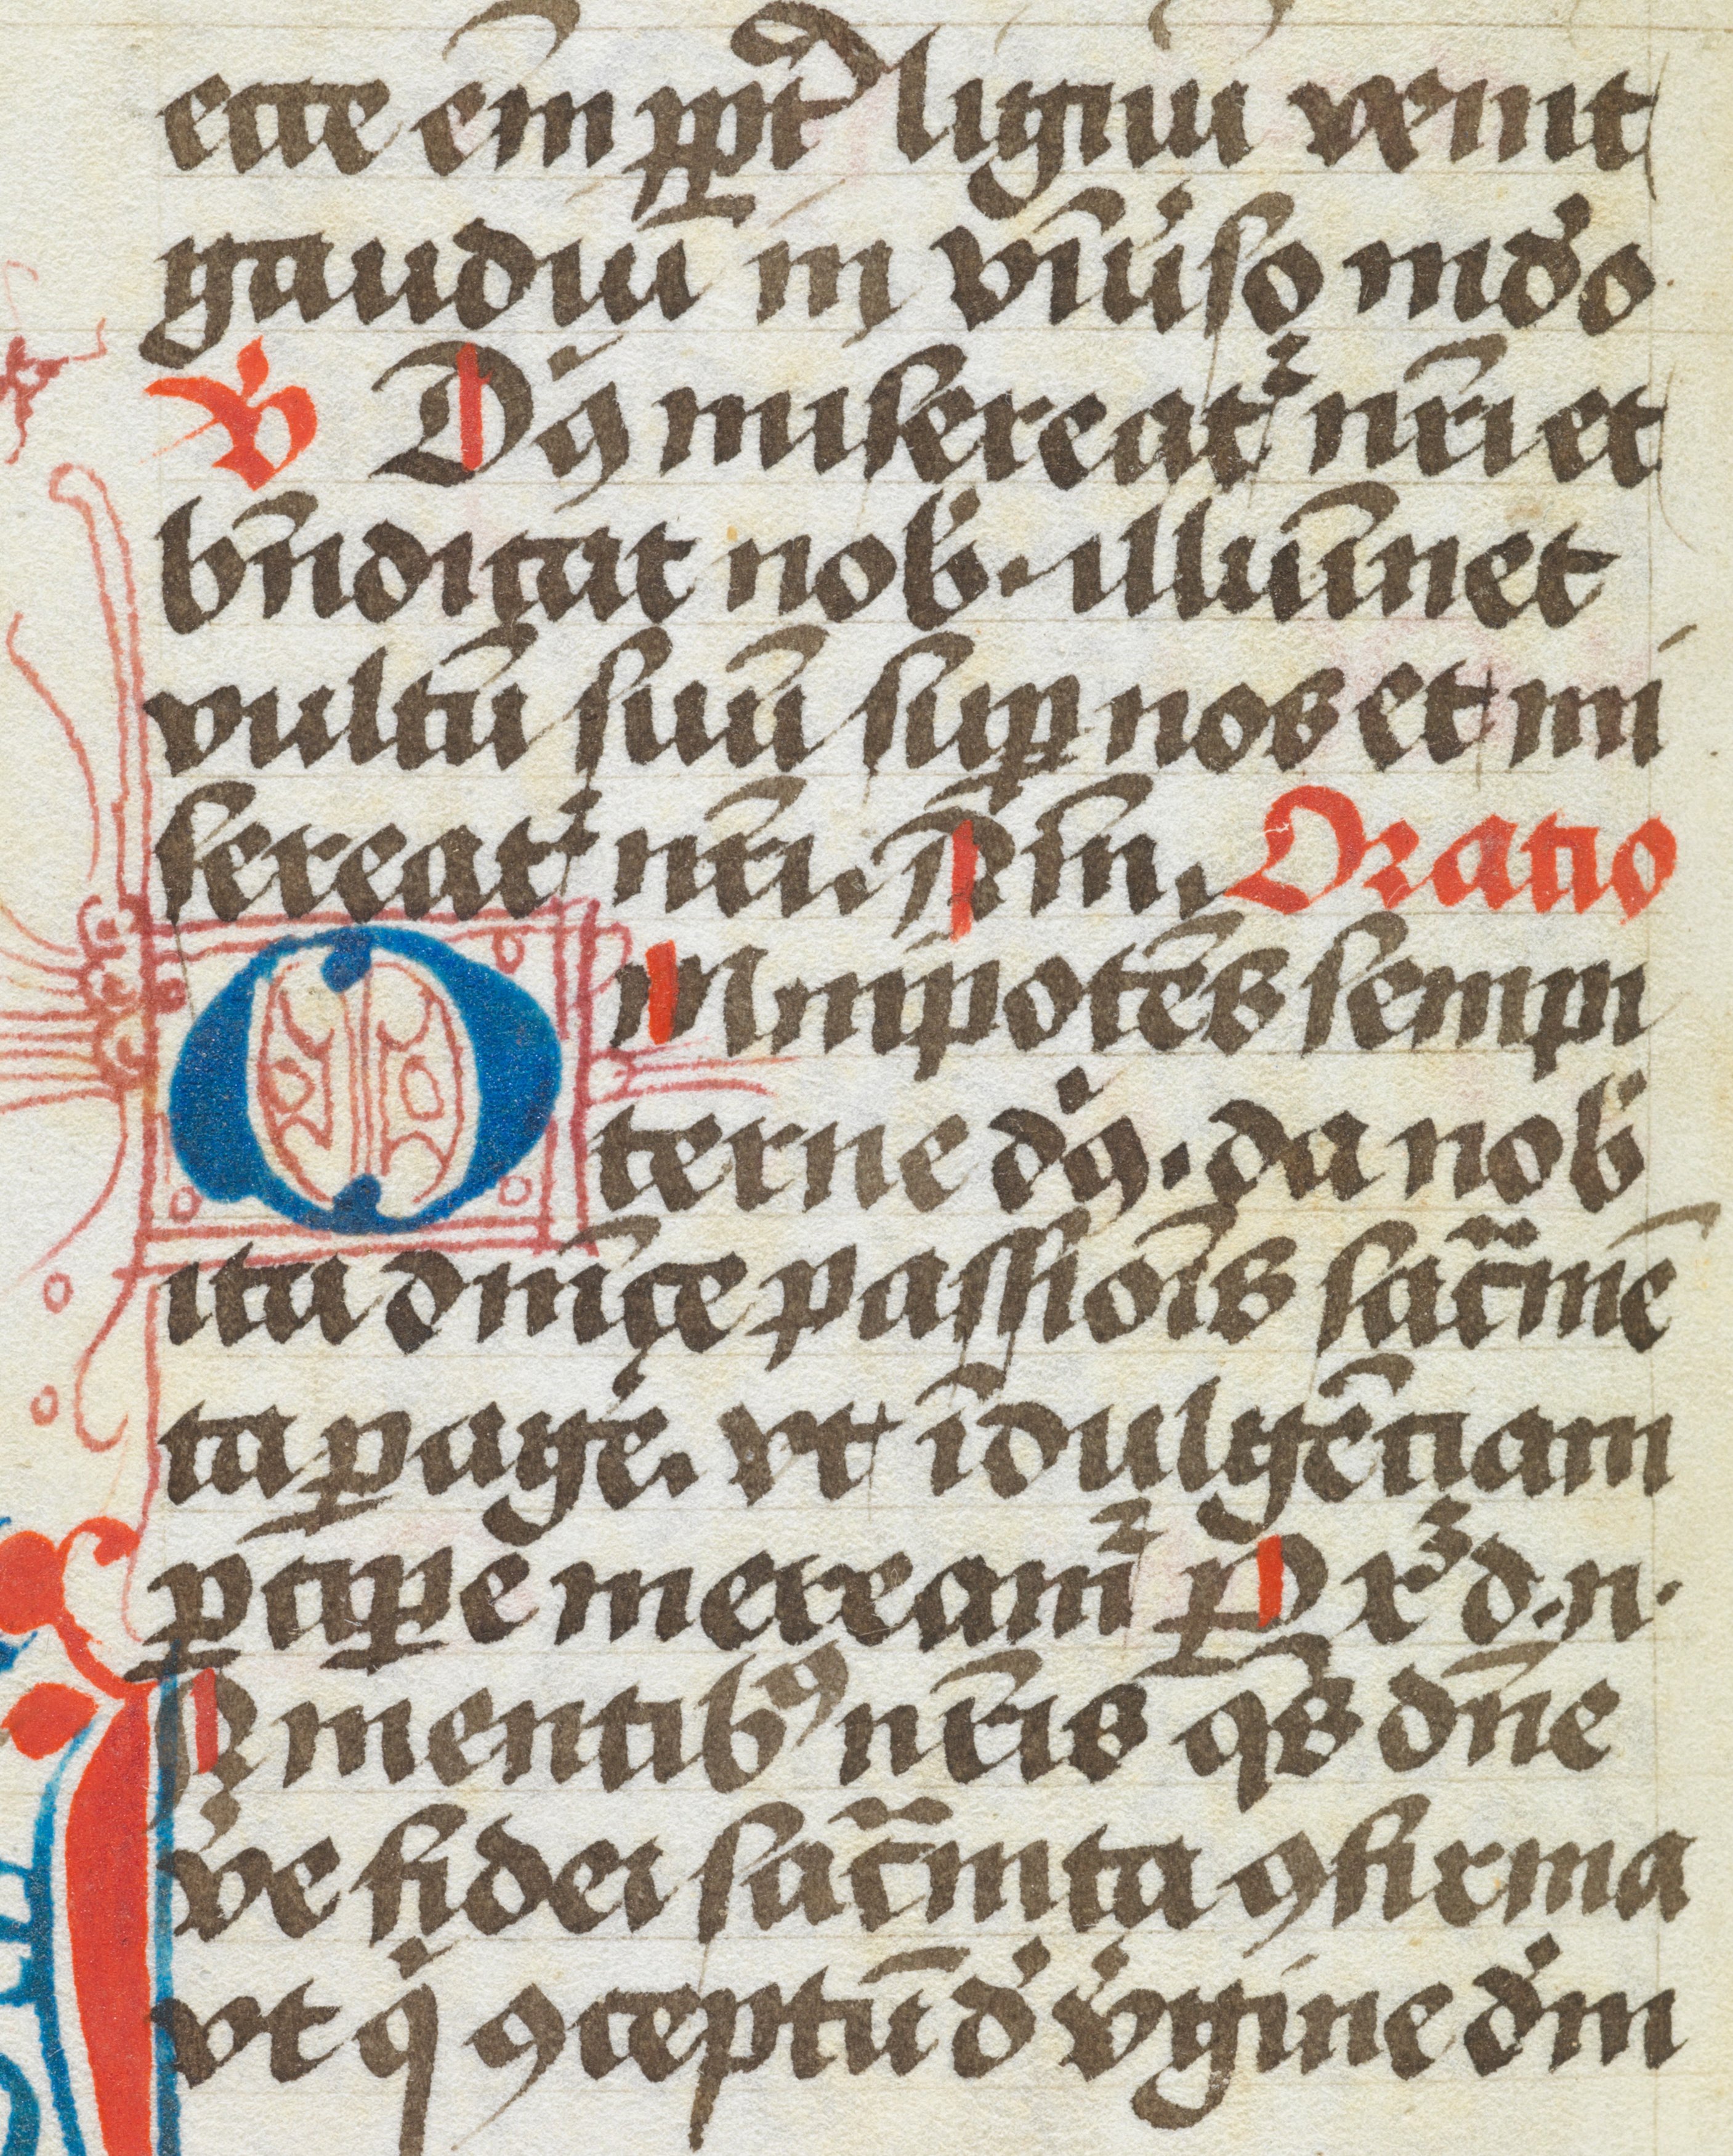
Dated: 1450–1499